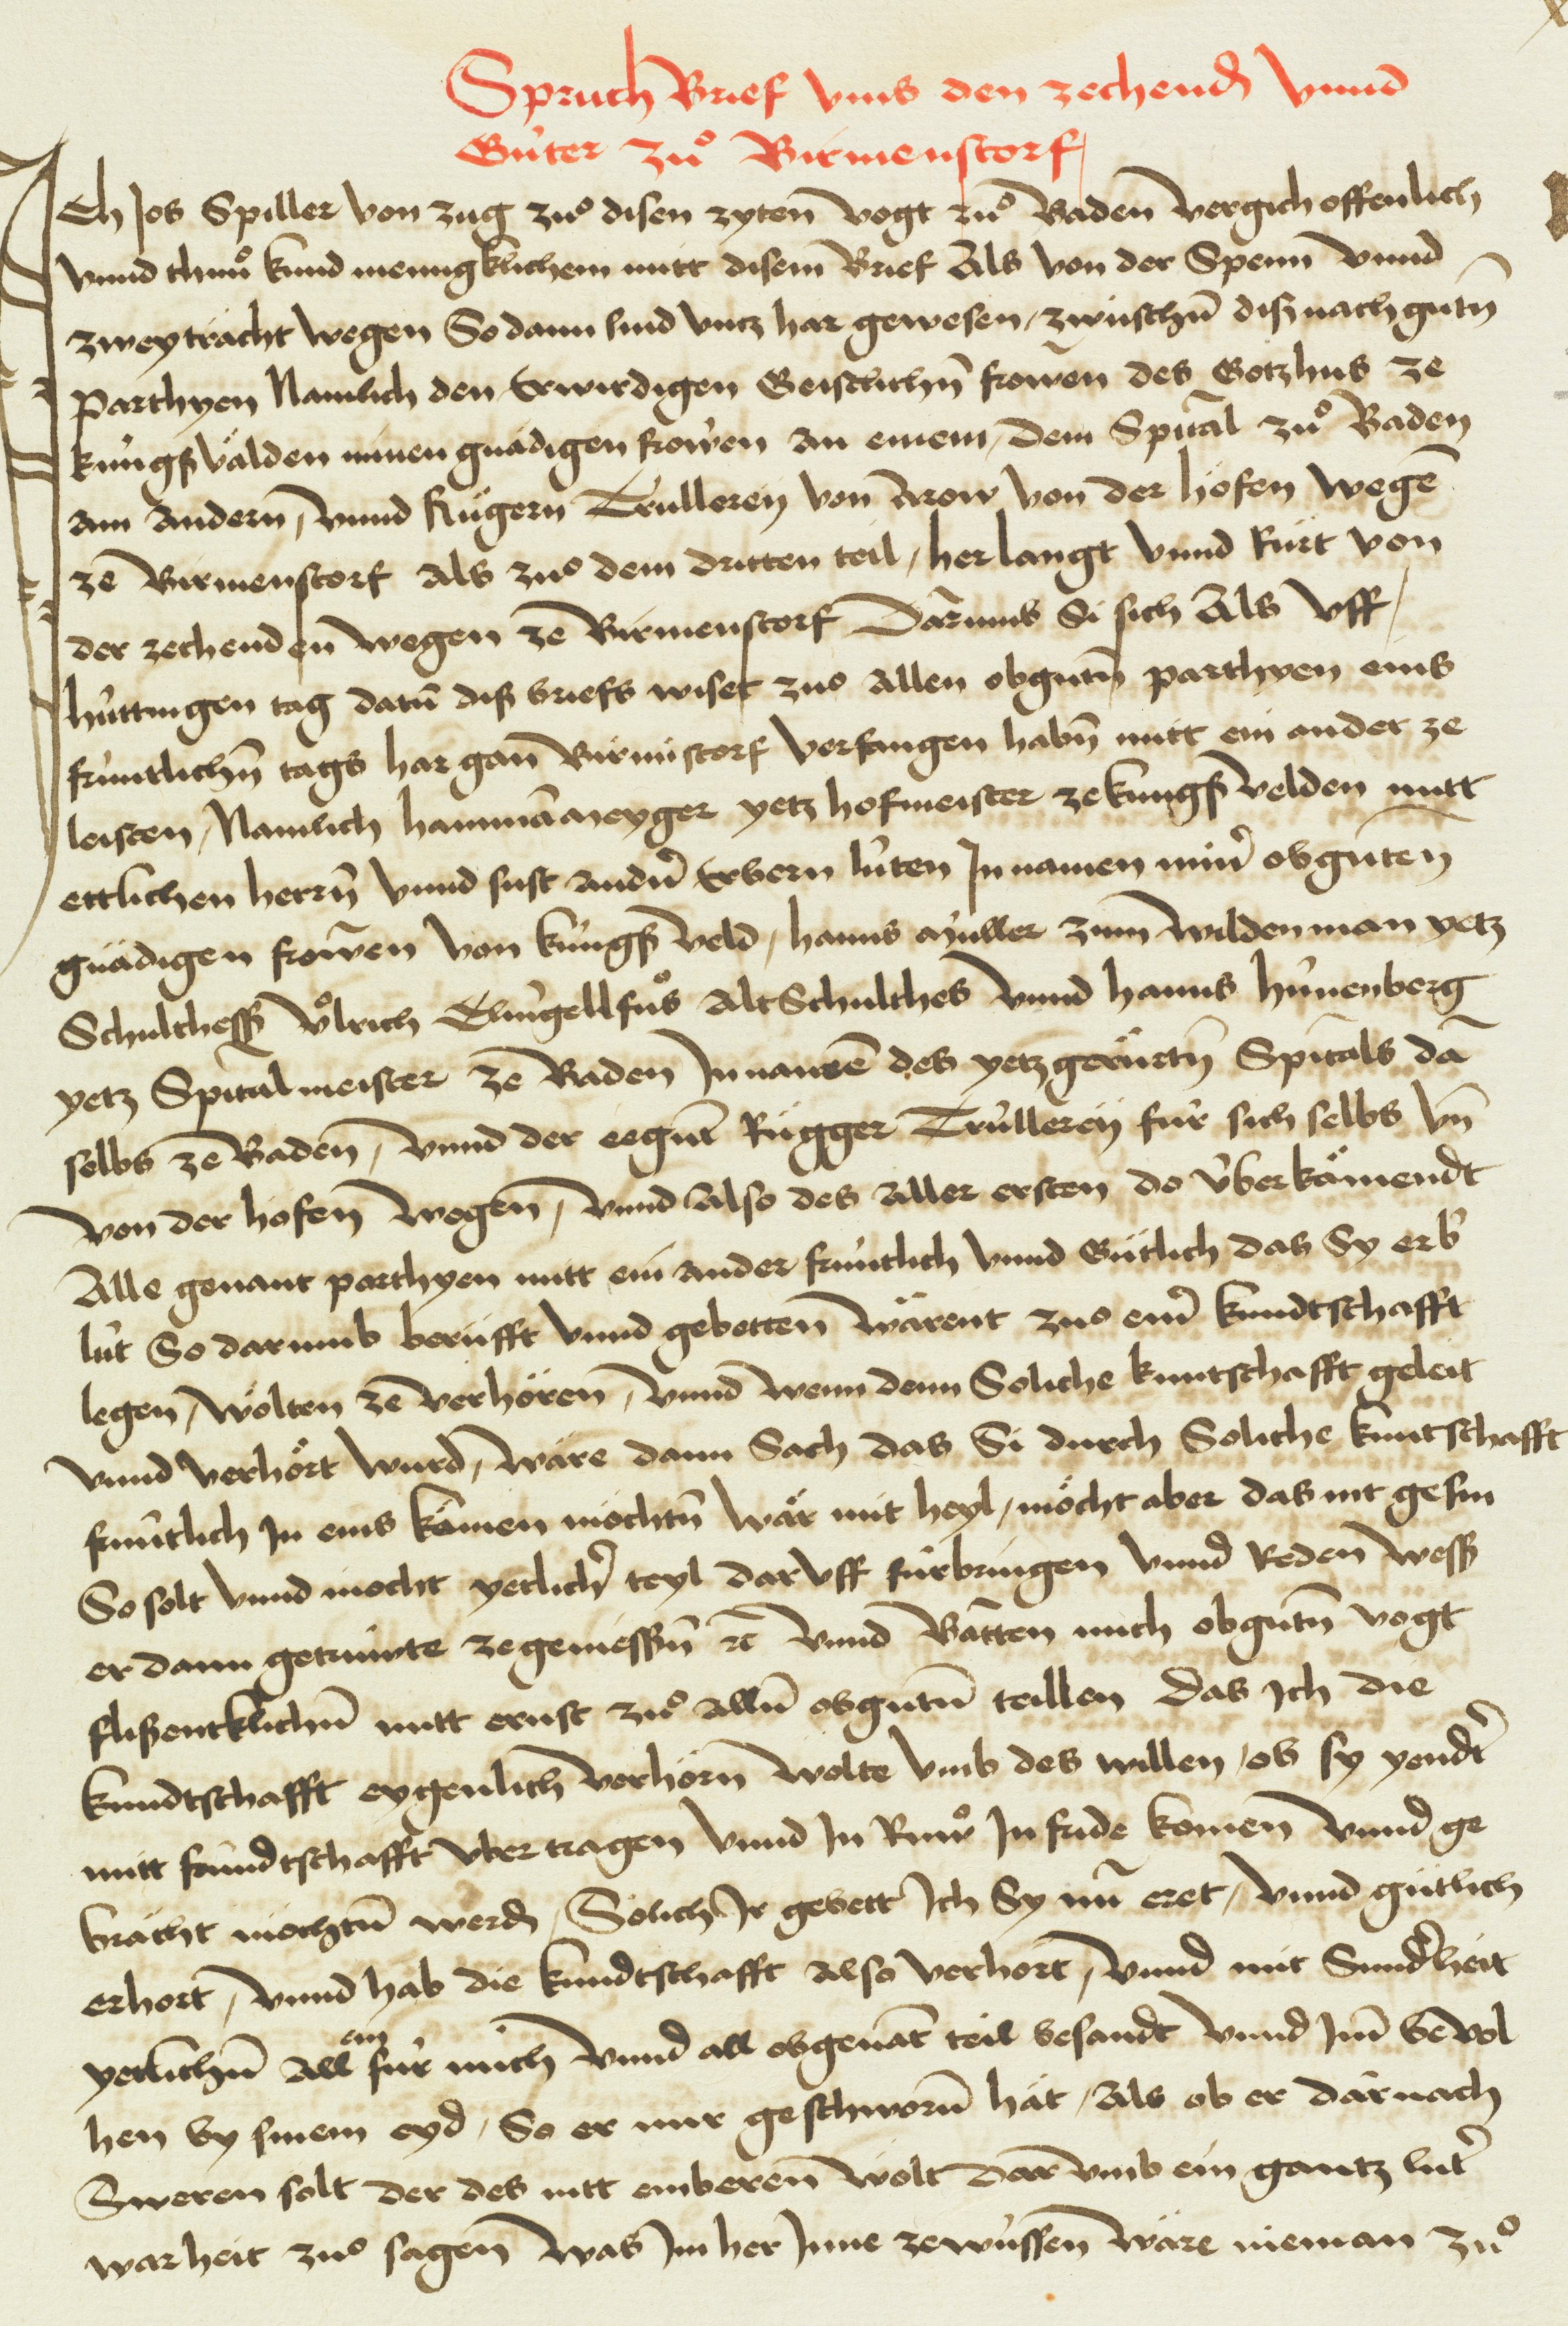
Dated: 1404–1500